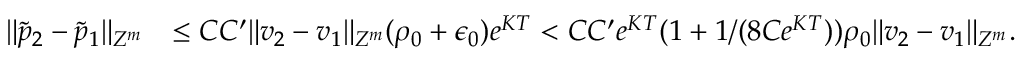
\begin{array} { r l r } & { \| \tilde { p } _ { 2 } - \tilde { p } _ { 1 } \| _ { Z ^ { m } } } & { \leq C C ^ { \prime } \| v _ { 2 } - v _ { 1 } \| _ { Z ^ { m } } ( \rho _ { 0 } + \epsilon _ { 0 } ) e ^ { K T } < C C ^ { \prime } { { e ^ { K T } } } ( 1 + 1 / ( 8 C e ^ { K T } ) ) \rho _ { 0 } \| v _ { 2 } - v _ { 1 } \| _ { Z ^ { m } } . } \end{array}